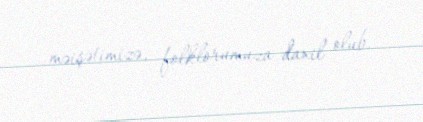
məişətimizə, folklorumuza daxil olub.